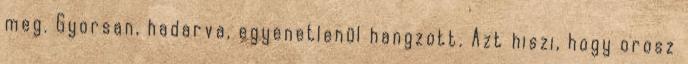
meg. Gyorsan, hadarva, egyenetlenül hangzott. Azt hiszi, hogy orosz